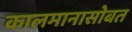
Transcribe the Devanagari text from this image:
कालमानासोबत